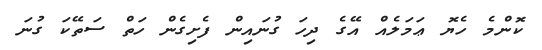
ކޮންމެ ހެޔޮ ޢަމަލެއް އޭގެ ދިހަ ގުނައިން ފެށިގެން ހަތް ސަތޭކަ ގުނަ